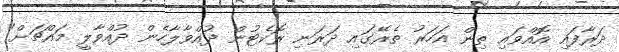
ދަރާފައި އޮއްވައި ތިން އަހަރު ތެރޭގައި ދަރަނި ރޮކެޓުން ދުއްވާލާހެން ދުއްވާލީ މައްޗަށް"